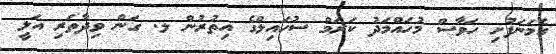
ގެމަނަފުށި ހަވާސް މުހައްމަދު ކަރަމް ސުހައިލްގެ އިތުރުން ލ. ގަން ވިދާތަރި އަލީ